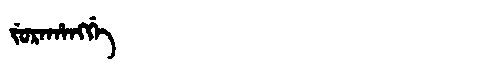
Manchu: ᠵᡠᡵᠠᡥᠠᠩᡤᡝ
Romanization: JURAHANGGE